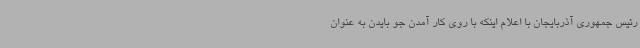
رئیس جمهوری آذربایجان با اعلام اینکه با روی کار آمدن جو بایدن به عنوان